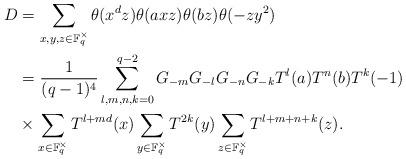
LaTeX: \begin{align*}D&=\sum_{x,y,z\in\mathbb{F}_{q}^{\times}}\theta(x^dz)\theta(axz)\theta(bz)\theta(-zy^2)\\&=\frac{1}{(q-1)^4}\sum_{l,m,n,k=0}^{q-2}G_{-m}G_{-l}G_{-n}G_{-k}T^l(a)T^n(b)T^k(-1)\\&\times\sum_{x\in\mathbb{F}_{q}^{\times}}T^{l+md}(x)\sum_{y\in\mathbb{F}_{q}^{\times}}T^{2k}(y)\sum_{z\in\mathbb{F}_{q}^{\times}}T^{l+m+n+k}(z).\end{align*}